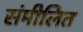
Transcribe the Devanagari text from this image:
संमीलित